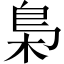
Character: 梟